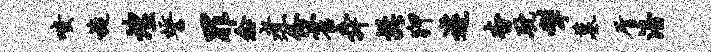
嗤旋煌誓罪念煮份霍舜髭狎遽杳耽掣墓屑涪